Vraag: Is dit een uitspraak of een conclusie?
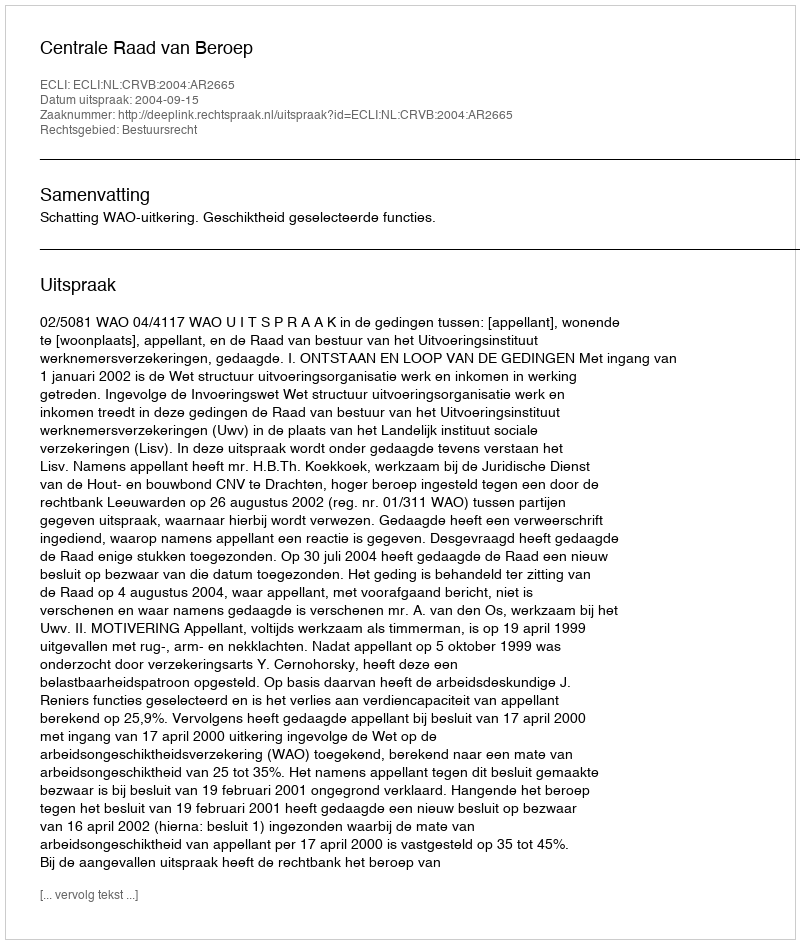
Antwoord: Uitspraak